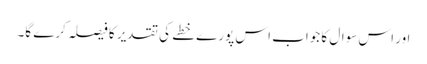
اور اس سوال کا جواب اس پورے خطے کی تقدیر کا فیصلہ کرے گا۔